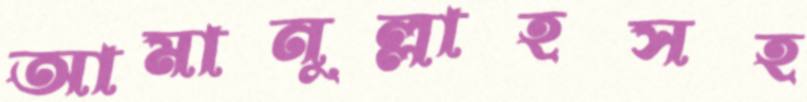
আমানুল্লাহসহ